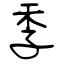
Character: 季